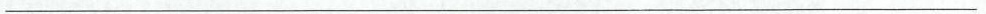
___